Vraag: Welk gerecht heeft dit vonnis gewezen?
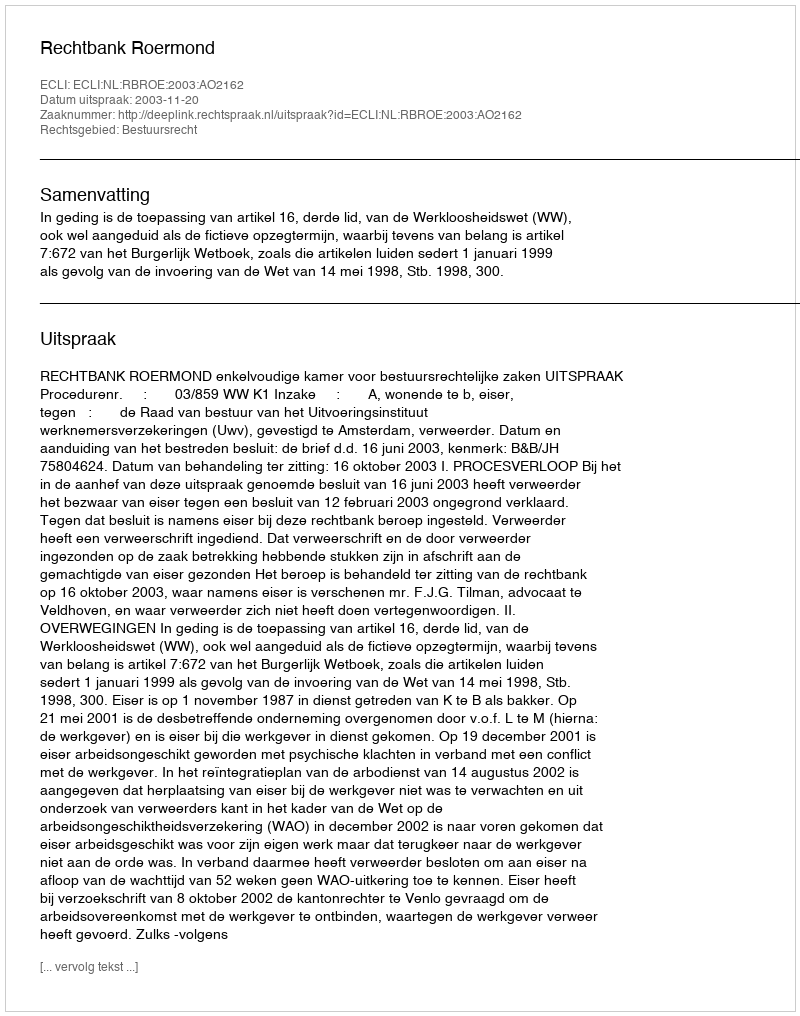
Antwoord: Rechtbank Roermond